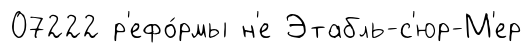
07222 р'ефо́рмы н'е Этабль-с'юр-М'ер